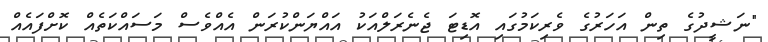
"ނަޝީދުގެ ތިން އަހަރުގެ ވެރިކަމުގައި އޮޑިޓަ ޖެނެރަލްއަކު އައްޔަންކުރަން އެއްވެސް މަސައްކަތެއް ކޮށްފައެއް